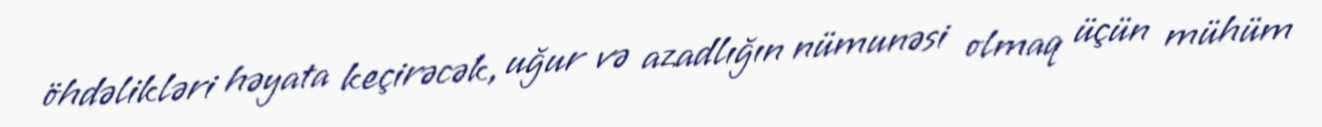
öhdəlikləri həyata keçirəcək, uğur və azadlığın nümunəsi olmaq üçün mühüm